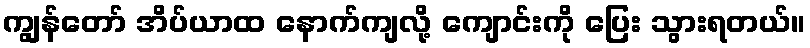
ကျွန်တော် အိပ်ယာထ နောက်ကျလို့ ကျောင်းကို ပြေး သွားရတယ်။